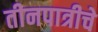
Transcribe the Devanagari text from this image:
तीनपात्रीचे